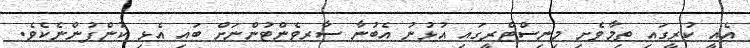
އެއީ ކުރީގައި ތިމާވެށި މިނިސްޓްރީގައި އުޅުނު އެބުނާ ސާރވެންޓުންނަށް ބައި އެޅި ކުންފުންނެކެވެ.